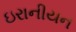
ઇરાનીયન